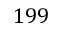
1 9 9